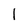
Character: l